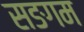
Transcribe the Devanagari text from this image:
सङगम